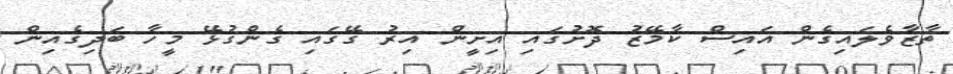
ތާޒާވެލައިގެން އައިސް ކާމޭޒު ދޮށުގައި އިށީން އިރު ގޭގައި ގެންގުޅޭ މީހާ ބަދިގެއިން